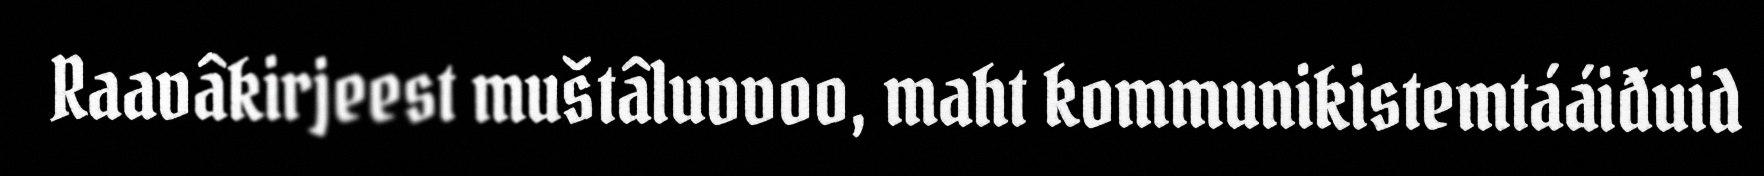
Raavâkirjeest muštâluvvoo, maht kommunikistemtááiđuid